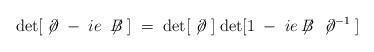
LaTeX: \begin{align*}\mbox{det}[\; \not{\!\partial} \; -\; i e \; \not{\!\!B} \; ] \; = \;\mbox{det}[\; \not{\!\partial} \; ] \;\mbox{det}[1 \; - \; i e \not{\!\!B} \; \not{\!\partial}^{-1} \;]\end{align*}